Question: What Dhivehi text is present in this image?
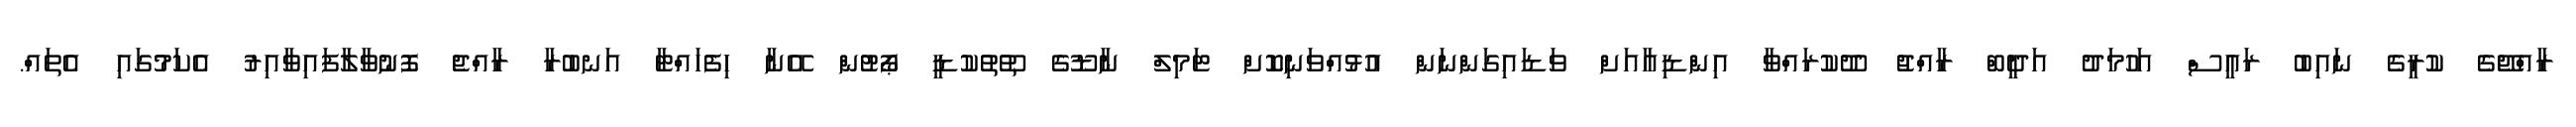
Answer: ރާއްޖޭގެ ކުރީގެ ނައިބު ރައީސް އަހުމަދު އަދީބް ރާއްޖު ދޫކުރައްވާ އިންޑިއާއަށް ވަޑައިގަންނަން އުޅުއްވަނިކޮށް ޓަމިލް ނާޑޫގެ ތޫތުކުޑީ ޕޯޓުން އޭނާ ހިފެހައްޓާ އަނބުރާ ރާއްޖެ ފޮނުވާލާފައިވާއިރު އެކަމުގައި އެތައް.